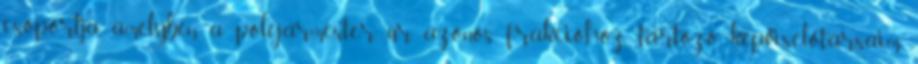
csoportja, amelyben a polgármester úr, azonos frakcióhoz tartozó képviselőtársaim